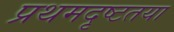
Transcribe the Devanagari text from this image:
प्रथमदृष्टतया